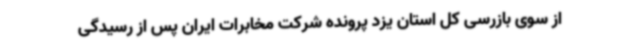
از سوی بازرسی کل استان یزد پرونده شرکت مخابرات ایران پس از رسیدگی